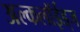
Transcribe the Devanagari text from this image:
अल्कलॉईड्‌ज